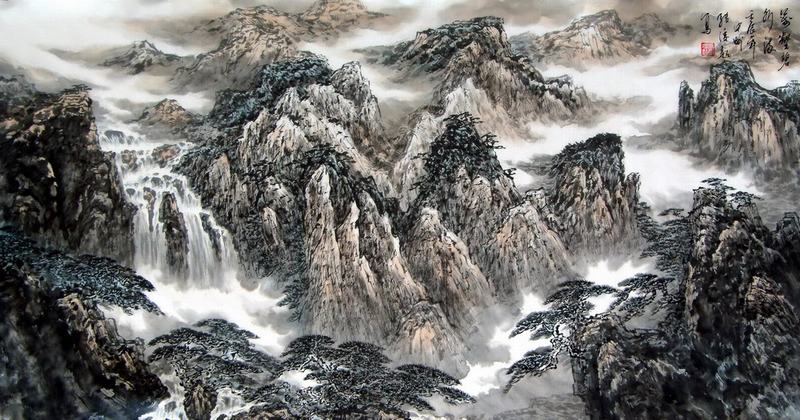
群山万壑赴荆门，生长明妃尚有村。